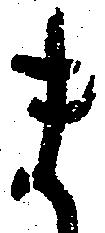
ま